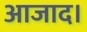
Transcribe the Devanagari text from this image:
आजाद।